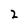
Character: 2